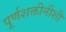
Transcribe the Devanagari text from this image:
पूर्णशक्तीनीशी